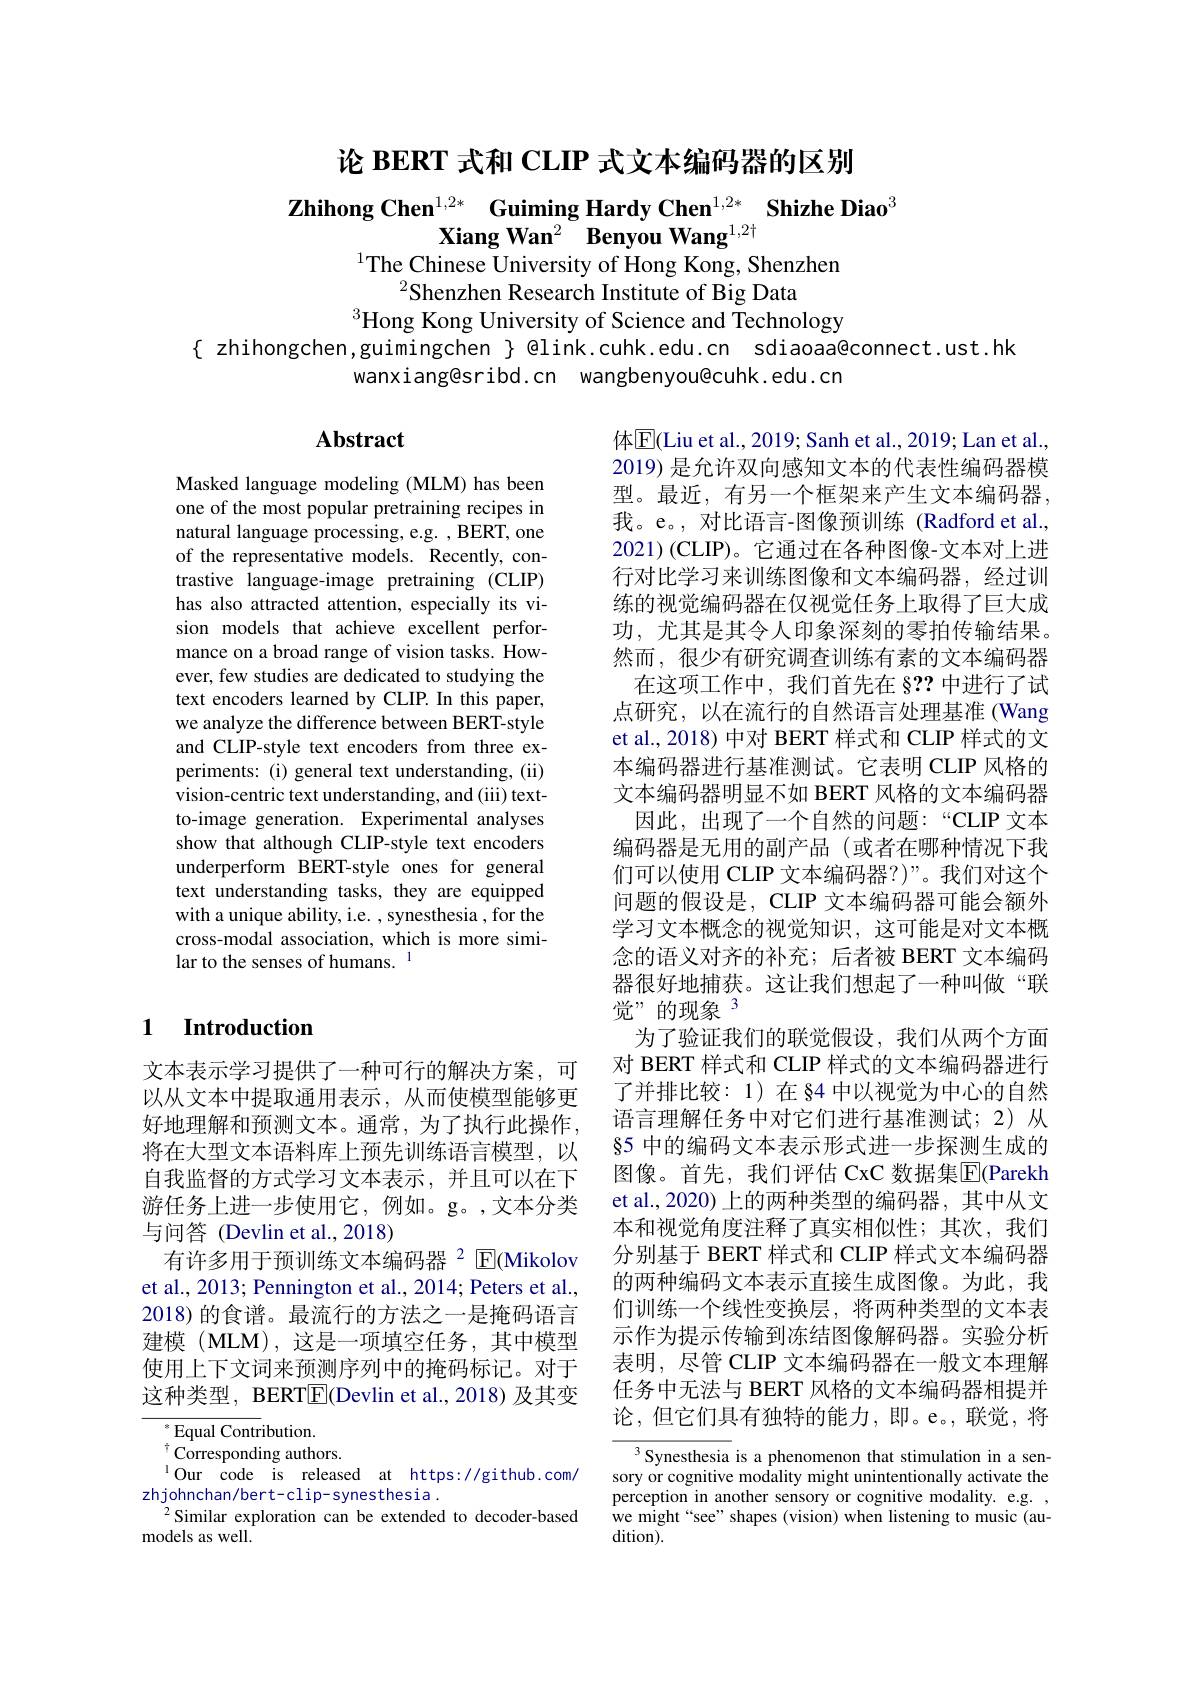
论 BERT 式和 CLIP 式文本编码器的区别

Zhihong Chen$^{1,2*}$ Guiming Hardy Chen$^1,2*\textbf{Shizhe Diao}^3$
$\textbf{Xiang Wan}^2$ Benyou Wang$^1,2+$
$^{1}$The Chinese University of Hong Kong, Shenzhen

$^{2}$Shenzhen Research Institute of Big Data
$^{3}$Hong Kong University of Science and Technology
$\{$ zhihongchen,guimingchen $\}$ @link.cuhk.edu.cn sdiaoaa@connect.ust.hk
wanxiang@sribd.cn wangbenyou@cuhk.edu.cn

# Abstract

Masked language modeling (MLM) has been one of the most popular pretraining recipes in natural language processing, e.g. , BERT, one of the representative models. Recently, contrastive language-image pretraining (CLIP) has also attracted attention, especially its vision models that achieve excellent performance on a broad range of vision tasks. However, few studies are dedicated to studying the text encoders learned by CLIP. In this paper, we analyze the difference between BERT-style and CLIP-style text encoders from three experiments: (i) general text understanding, (ii) vision-centric text understanding, and (iii) textto-image generation. Experimental analyses show that although CLIP-style text encoders underperform BERT-style ones for general text understanding tasks, they are equipped with a unique ability, i.e. ,synesthesia , for the cross-modal association, which is more similar to the senses of humans. 1

体$\overline{\mathrm{E}}($Liu et al., 2019; Sanh et al., 2019; Lan et al. 2019) 是允许双向感知文本的代表性编码器模型。最近，有另一个框架来产生文本编码器， 我。e。, 对比语言-图像预训练(Radford et al., 2021)(CLIP)。它通过在各种图像-文本对上进行对比学习来训练图像和文本编码器，经过训练的视觉编码器在仅视觉任务上取得了巨大成功，尤其是其令人印象深刻的零拍传输结果。然而，很少有研究调查训练有素的文本编码器
在这项工作中，我们首先在 §2?中进行了试点研究，以在流行的自然语言处理基准(Wang et al., 2018) 中对 BERT 样式和 CLIP 样式的文本编码器进行基准测试。它表明 CLIP 风格的文本编码器明显不如 BERT 风格的文本编码器
因此，出现了一个自然的问题：“CLIP 文本编码器是无用的副产品(或者在哪种情况下我们可以使用 CLIP 文本编码器？)”。我们对这个问题的假设是，CLIP 文本编码器可能会额外学习文本概念的视觉知识，这可能是对文本概念的语义对齐的补充；后者被 BERT 文本编码器很好地捕获。这让我们想起了一种叫做“联觉”的现象$^{3}$
为了验证我们的联觉假设，我们从两个方面对 BERT 样式和 CLIP 样式的文本编码器进行了并排比较：1)在§4 中以视觉为中心的自然语言理解任务中对它们进行基准测试；2)从§5 中的编码文本表示形式进一步探测生成的图像。首先，我们评估 CxC 数据集$\overline{\mathrm{E}}$(Parekh et al., 2020) 上的两种类型的编码器，其中从文本和视觉角度注释了真实相似性；其次，我们分别基于 BERT 样式和 CLIP 样式文本编码器的两种编码文本表示直接生成图像。为此，我们训练一个线性变换层，将两种类型的文本表示作为提示传输到冻结图像解码器。实验分析表明，尽管 CLIP 文本编码器在一般文本理解任务中无法与 BERT 风格的文本编码器相提并论，但它们具有独特的能力，即。e。,联觉，将Synesthesia is a phenomenon that stimulation in a sen-

### 1 Introduction

文本表示学习提供了一种可行的解决方案，可以从文本中提取通用表示，从而使模型能够更好地理解和预测文本。通常，为了执行此操作， 将在大型文本语料库上预先训练语言模型，以自我监督的方式学习文本表示，并且可以在下游任务上进一步使用它，例如。g。,文本分类与问答(Devlin et al.,2018)
有许多用于预训练文本编码器$^{2}$E(Mikolov et al., 2013; Pennington et al., 2014; Peters et al., 2018)的食谱。最流行的方法之一是掩码语言建模 (MLM),这是一项填空任务，其中模型使用上下文词来预测序列中的掩码标记。对于这种类型，BERT$\overline{\mathrm{E}}($Devlin et al.,2018) 及其变

$^{*}$Equal Contribution.
$^{\dagger}$Corresponding authors.
$^{1}$Our code is released at https://github.com/
zhjohnchan/bert-clip-synesthesia.
$^{2}$Similar exploration can be extended to decoder-based
models as well.

sory or cognitive modality might unintentionally activate the perception in another sensory or cognitive modality. e.g. , we might“see”shapes(vision) when listening to music(audition) .